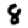
Digit: 8